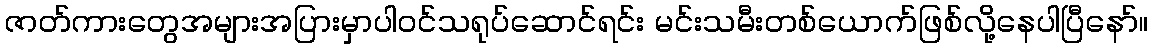
ဇာတ်ကားတွေအများအပြားမှာပါဝင်သရုပ်ဆောင်ရင်း မင်းသမီးတစ်ယောက်ဖြစ်လို့နေပါပြီနော်။